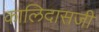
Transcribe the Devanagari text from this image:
कालिदासजी